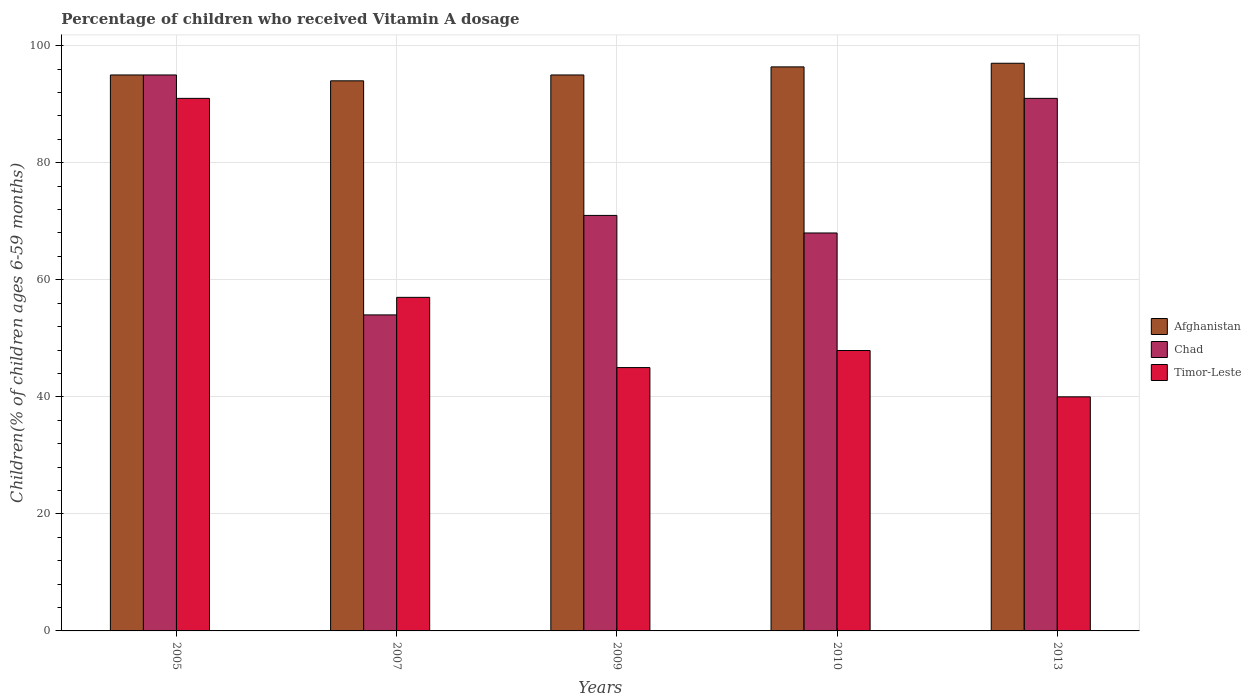
| Years | Afghanistan | Chad | Timor-Leste |
 | --- | --- | --- | --- |
 | 2005 | 95 | 95 | 91 |
 | 2007 | 94 | 54 | 57 |
 | 2009 | 95 | 71 | 45 |
 | 2010 | 96.4 | 68 | 47.9 |
 | 2013 | 97 | 91 | 40 |